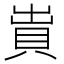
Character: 𧵠